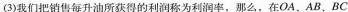
(3)我们把销售每升油所获得的利润称为利润率，那么，在OA、AB、BC